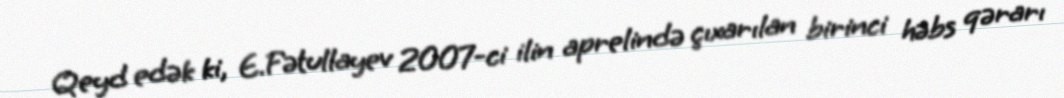
Qeyd edək ki, E.Fətullayev 2007-ci ilin aprelində çıxarılan birinci həbs qərarı